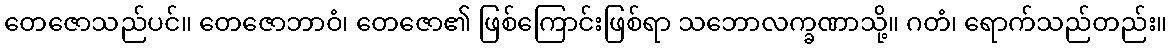
တေဇောသည်ပင်။ တေဇောဘာဝံ၊ တေဇော၏ ဖြစ်ကြောင်းဖြစ်ရာ သဘောလက္ခဏာသို့။ ဂတံ၊ ရောက်သည်တည်း။